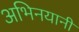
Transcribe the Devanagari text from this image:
अभिनयानी